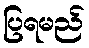
ပြရမည်